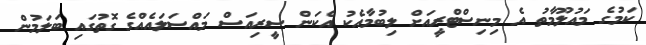
ކަމުގެ މައުލޫމާތު އެ މިނިސްޓްރީއަށް ލިބުމާއެކު އެކަން ސީރިއަސް މައްސަލައެއްގެ ގޮތުގައި ބަލަމުން